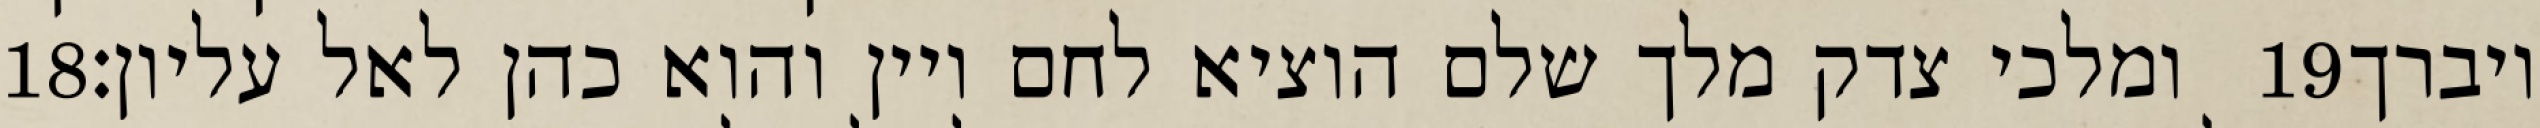
‎18‏ ומלכי צדק מלך שלם הוציא לחם ויין והוא כהן לאל עליון׃ ‎19‏ ויברך